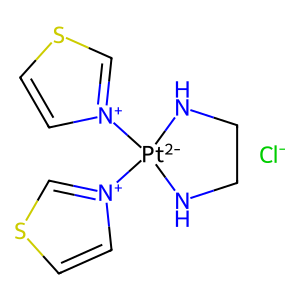
SMILES: [Cl-].c1c[n+]([Pt-2]2([n+]3ccsc3)NCCN2)cs1
Inhibits HIV replication: No